Report of the Indian Hemp Drugs Commission, 1894-1895 - Volume VI
Year: 1894
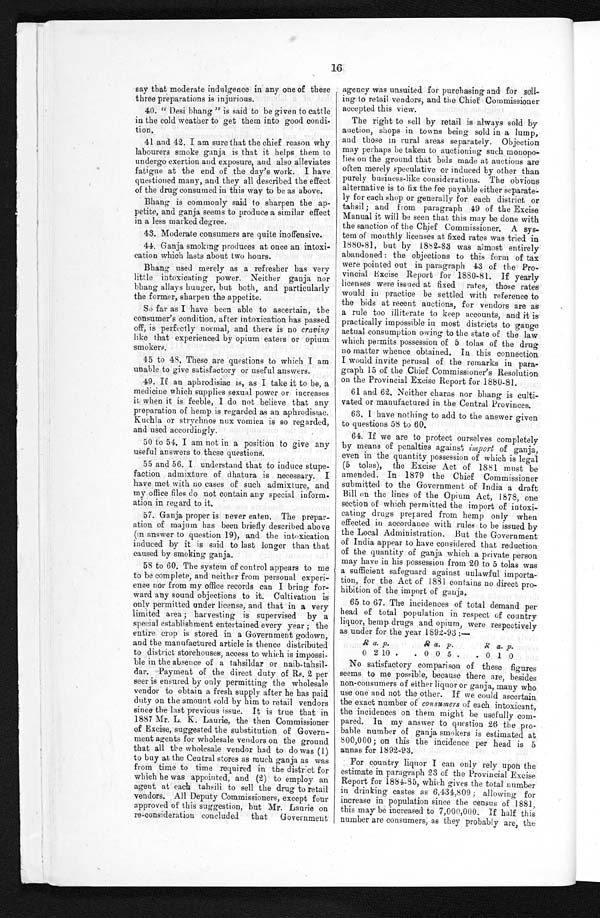
say that moderate indulgence in any one of these
three preparations is injurious.
40. "Desi bhang" is said to be given to cattle
in the cold weather to get them into good condi--
tion.
41 and 42. I am sure that the chief reason why
labourers smoke ganja is that it helps them to
undergo exertion and exposure, and also alleviates
fatigue at the end of the day's work. I have
questioned many, and they all described the effect
of the drug consumed in this way to be as above.
Bhang is commonly said to sharpen the ap--
petite, and ganja seems to produce a similar effect
in a less marked degree.
43.Moderate consumers are quite inoffensive.
44.Ganja smoking produces at once an intoxi
-cation which lasts about two hours.
Bhang used merely as a refresher has very
little intoxicating power. Neither ganja nor
bhang, allays hunger, but bo
t h , a n d p a r t i c u l a r l y t h e f o r m e r , s h a r p e n t h e a p p e t i t e .
So far as I have been able to ascertain, the
consumer's condition, after intoxication has passed
off, is perfectly normal, and there is no craving
like that experienced by opium eaters or opium
smokers.
45 to 48. These are questions to which I am
unable to give satisfactory or useful answers.
49. If an aphrodisiac is, as I take it to be, a
medicine which supplies sexual power or increases
it when it is feeble, I do not believe that any
preparation of hemp is regarded as an aphrodisiac.
Kuchla or strychnos mix vomica is so regarded,
and used accordingly.
50 to 54. I am not in a position to give any
useful answers to these questions.
55 and 56. I understand that to induce stupe--
faction admixture of dhatura is necessary. I
have met with no cases of such admixture, and
my office files do not contain any special inform-
- a t i o n i n r e g a r d t o i t .
57. Ganja proper is never eaten. The prepar-
ation of majum has been briefly described above
(in answer to question 19), and the intoxication
induced by it is said to last longer than that
caused by smoking ganja.
58 to 60. The system of control appears to me
to be complete, and neither from personal experi--
ence nor from my office records can I bring for-
- w a r d a n y s o u n d o b j e c t i o n s t o i t . C u l t i v a t i o n i s
only permitted under license, and that in a very
limited area; harvesting is supervised by a
special establishment entertained every year; the
entire crop is stored in a Government godown,
and the manufactured article is thence distributed
to district storehouses, access to which is impossi--
ble in the absence of a tahsildar or naib-tahsil--
dar. Payment of the direct duty of Rs. 2 per
seer is ensured by only permitting the wholesale
vendor to obtain a fresh supply after he has paid
duty on the amount sold by him to retail vendors
since the last previous issue. It is true that in
1887 Mr. L. K. Laurie, the then Commissioner
of Excise, suggested the substitution of Govern--
ment agents for wholesale vendors on the ground
that all the wholesale vendor had to do was (1)
to buy at the Central stores as much ganja as was
from time to time required in the district for
which he was appointed, and (2) to employ an
agent at each tahsili to sell the drug to retail
vendors. All Deputy Commissioners, except four
approved of this suggestion, but Mr. Laurie on
re-consideration concluded that Government
agency was unsuited for purchasing and for sell-
ing to retail vendors, and the Chief Commissioner
accepted this view.
The right to sell by retail is always sold by
auction, shops in towns being sold in a lump,
and those in rural areas separately. Objection
may perhaps be taken to auctioning such monopo-
-lies on the ground that bids made at auctions are
often merely speculative or induced by other than
purely business-like considerations. The obvious
alternative is to fix the fee payable either separate-
ly for each shop or generally for each district or
tahsil ; and from paragraph 49 of the Excise
Manual it will be seen that this may be done with
the sanction of the Chief Commissioner. A sys-
tem of monthly licenses at fixed rates was tried in
1880-81, but by 1882-83 was almost entirely
abandoned: the objections to this form of tax
were pointed out in paragraph 43 of the Pro--
vincial Excise Report for 1880-81. If yearly
licenses were issued at fixed rates, thos rates
would in practice be settled with reference to
the bids at recent auctions, for vendors are as
a rule too illiterate to keep accounts, and it is
practically impossible in most districts to gauge
actual consumption owing to the state of the law
which permits possession of 5 tolas of the drug
no matter whence obtained. In this connection
I would invite perusal of the remarks in para-
graph 15 of the Chief Commissioner's Resolution
on the Provincial Excise Report for 1880-81.
61 and 62. Neither charas nor bhang is culti-
-vated or manufactured in the Central Provinces.
63, I have nothing to add to the answer given
to questions 58 to 60.
64. If we are to protect ourselves completely
by means of penalties against import of ganja,
even in the quantity possession of which is legal
(5 tolas), the Excise Act of 1881 must be
amended. In 1879 the Chief Commissioner
submitted to the Government of India a draft
Bill on the lines of the Opium Act, 1878, one
section of which permitted the import of intoxi-
- c a t i n g d r u g s p r e p a r e d f r o m h e m p o n l y w h e n
effected in accordance with rules to be issued by
the Local Administration. But the Government
of India appear to have considered that reduction
of the quantity of ganja which a private person
may have in his possession from 20 to 5 tolas was
a sufficient safeguard against unlawful importa--
tion, for the Act of 1881 contains no direct pro-
hibition of the import of ganja.
65 to 67. The incidences of total demand per
head of total population in respect of country
liquor, hemp drugs and opium, were respectively
as under for the year 1892-93:—
R a. p.
R a. p.
R a . p .
0 2 10 005 010
10
2
. 0 0 5 . . 0 1 0
0
No satisfactory comparison of these figures
seems to me possible, because there are, besides
non-consumers of either liquor or ganja, many who
use one and not the other. If we could ascertain
the exact number of consumers of each intoxicant,
the incidences on them might be usefully com-
-pared. In my answer to question 26 the pro-
bable number of ganja smokers is estimated at
800,000; on this the incidence per head is 5
annas for 1892-93.
For country liquor I can only rely upon the
estimate in paragraph 23 of the Provincial Excise
Report for 1884-85, which gives the total number
in drinking castes as 6,431,809; allowing for
increase in population since the census of 1881,
this may be increased to 7,000,000. If half this
number are consumers, as they probably are, the